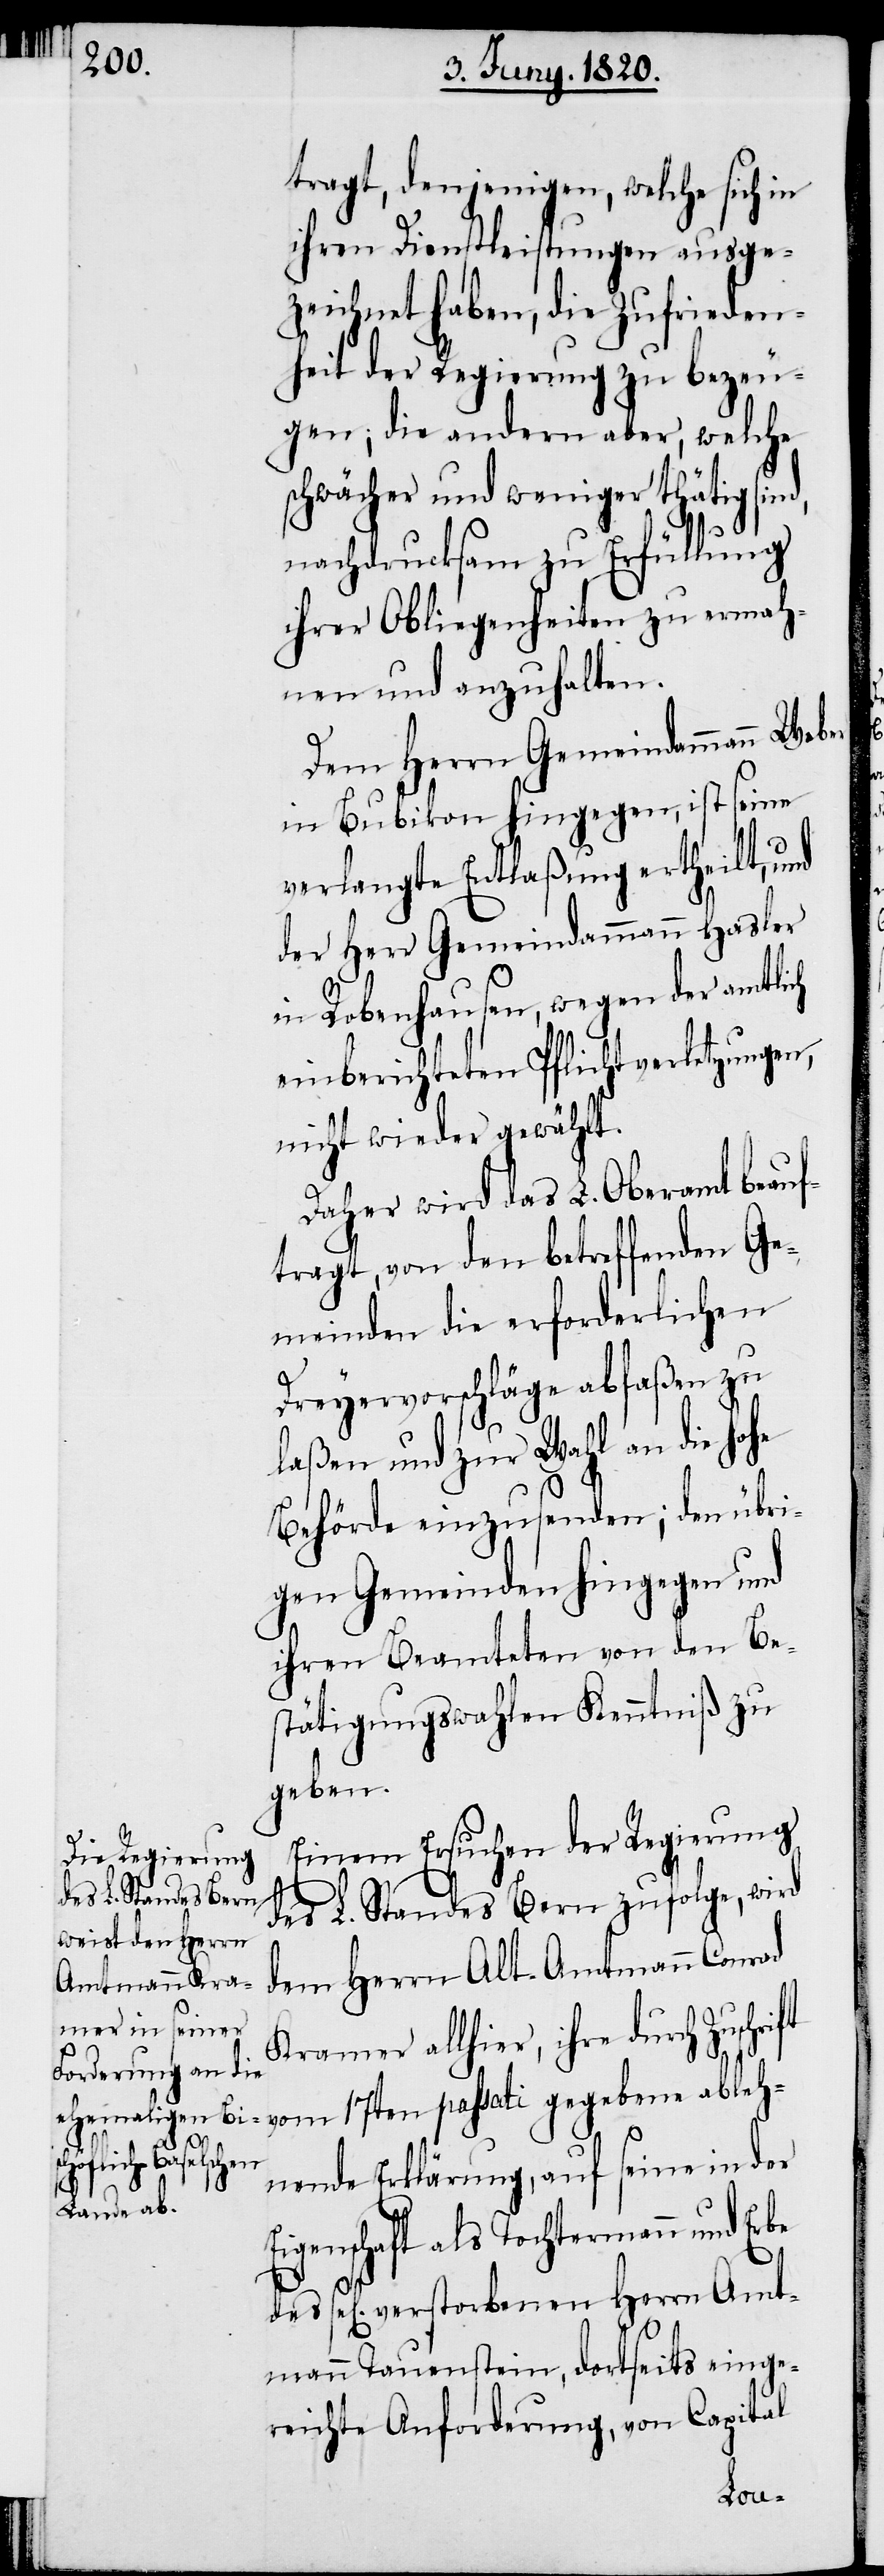
tragt, denjenigen, welche sich in
ihren Dienstleistungen ausge¬
zeichnet haben, die Zufrieden¬
heit der Regierung zu bezeu¬
gen; die andern aber, welche
schwächer und weniger thätig sin¬
nachdrucksam zu Erfüllung
ihrer Obliegenheiten zu ermah¬
nen und anzuhalten.
Dem Herrn Gemeindammann Weber
in Bubikon hingegen, ist seine
verlangte Entlaßung ertheilt,
der Herr Gemeindammann Hasler
d,
in Robenhausen, wegen der amtlich
einberichteten Pflichtverletzungen,
nicht wieder gewählt.
Daher wird das L. Oberamt beauf¬
tragt, von den betreffenden Ge¬
meinden die erforderlichen
Dreyervorschläge abfaßen zu
laßen und zur Wahl an die hohe
Behörde einzusenden; den übri¬
gen Gemeinden hingegen und
ihren Beamteten von den Be¬
stätigungswahlen Kenntniß zu
geben.
Einem Ersuchen der Regierung
des L. Standes Bern zufolge, wird
dem Herrn Alt-Amtmann Conrad
Kramer allhier, ihre durch Zus¬
chrift vom 17ten passati gegebene ableh¬
nende Erklärung, auf seine in der
Eigenschaft als Tochtermann und Erbe
sel[igen] verstorbenen Herrn Amt¬
mann Tauenstein, dortseits einge¬
reichte Anforderung, von Capital